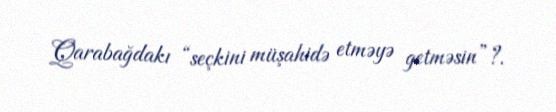
Qarabağdakı “seçkini müşahidə etməyə getməsin”?.